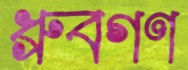
ধ্রুবগণ